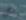
ولكن